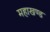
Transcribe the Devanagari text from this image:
महाखण्ड